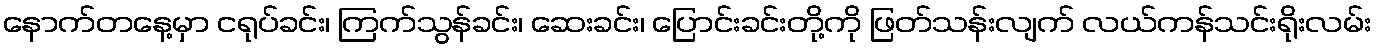
နောက်တနေ့မှာ ငရုပ်ခင်း၊ ကြက်သွန်ခင်း၊ ဆေးခင်း၊ ပြောင်းခင်းတို့ကို ဖြတ်သန်းလျက် လယ်ကန်သင်းရိုးလမ်း